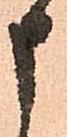
申